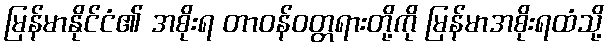
မြန်မာနိုင်ငံ၏ အစိုးရ တာဝန်ဝတ္တရားတို့ကို မြန်မာအစိုးရထံသို့